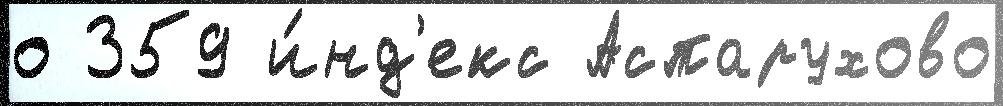
о 359 и́нд'екс Аспарухово